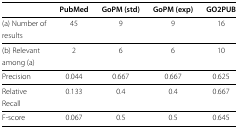
<table><thead><tr><td>[EMPTY_CELL]</td><td><b>PubMed</b></td><td><b>GoPM (std)</b></td><td><b>GoPM (exp)</b></td><td><b>GO2PUB</b></td></tr></thead><tbody><tr><td>(a) Number of results</td><td>45</td><td>9</td><td>9</td><td>16</td></tr><tr><td>(b) Relevant among (a)</td><td>2</td><td>6</td><td>6</td><td>10</td></tr><tr><td>Precision</td><td>0.044</td><td>0.667</td><td>0.667</td><td>0.625</td></tr><tr><td>Relative Recall</td><td>0.133</td><td>0.4</td><td>0.4</td><td>0.667</td></tr><tr><td>F-score</td><td>0.067</td><td>0.5</td><td>0.5</td><td>0.645</td></tr></tbody></table>